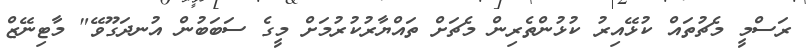
ރަސްމީ މެޗުތައް ކުޅޭއިރު ކުޅުންތެރިން މެޗަށް ތައްޔާރުކުރުމަށް މީގެ ސަބަބުން އުނދަގޫވޭ" މާޓިނޭޒް